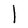
Character: l